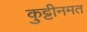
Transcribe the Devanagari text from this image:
कुट्टीनमत